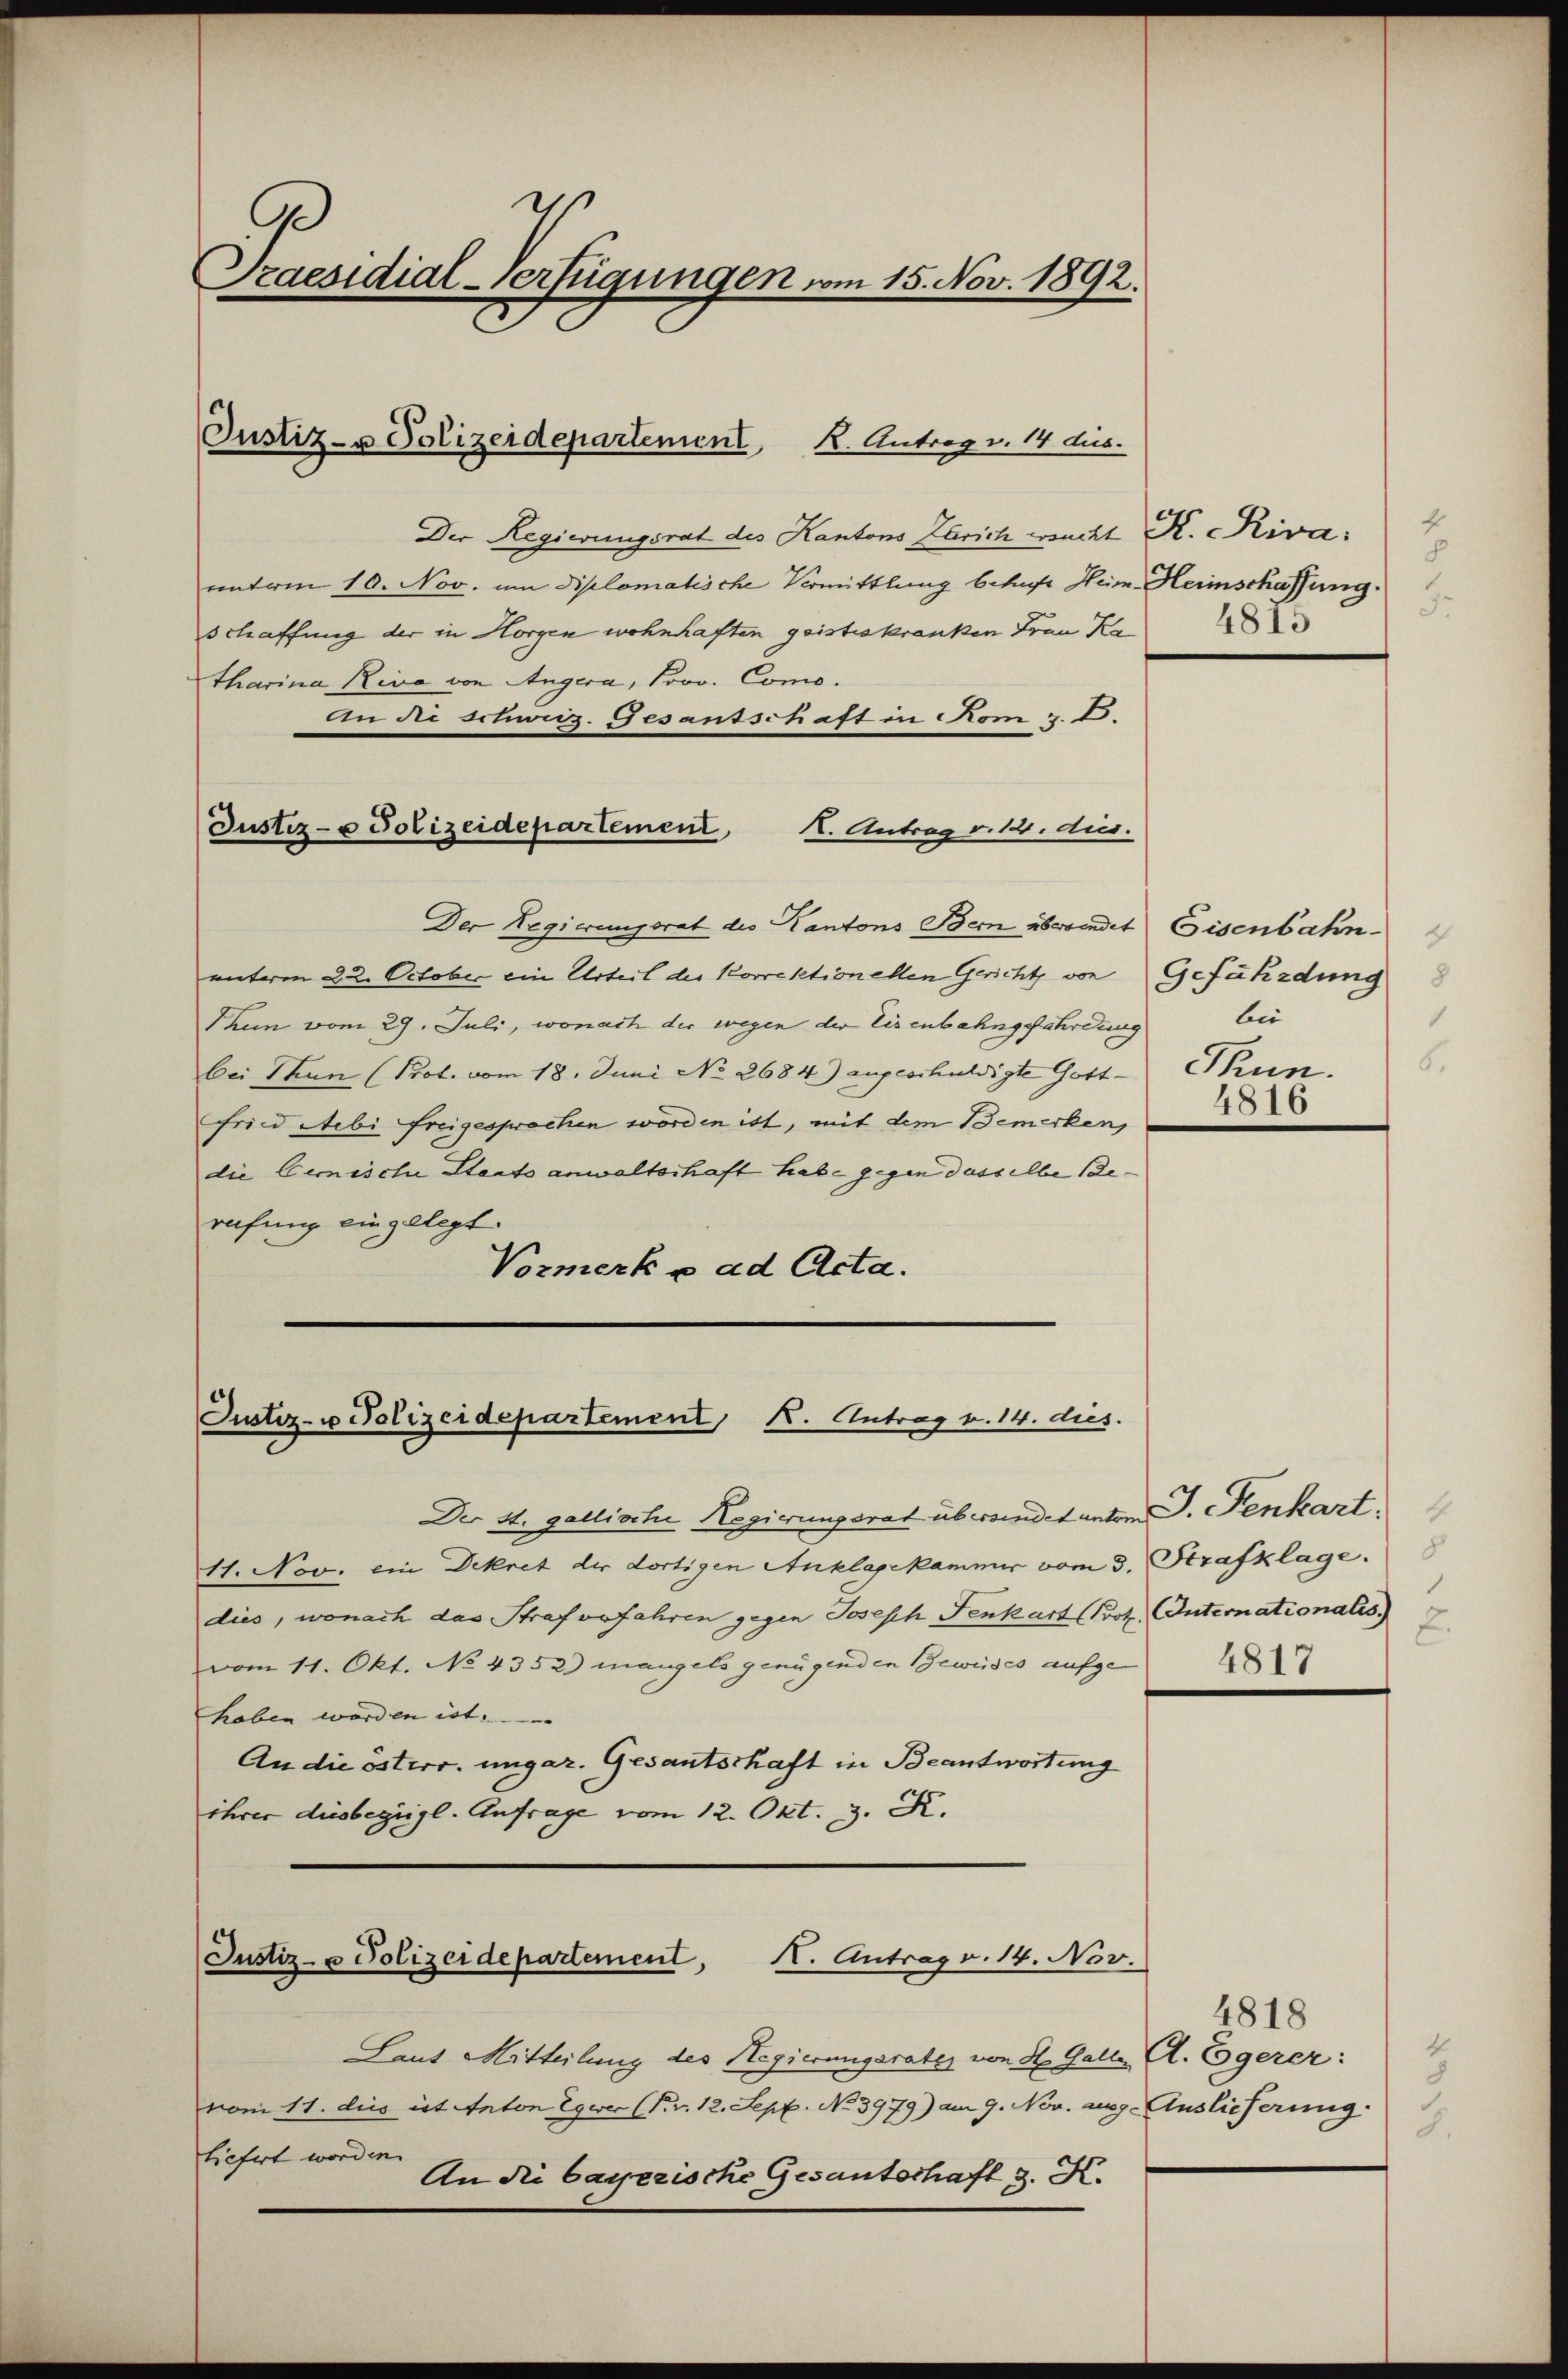
9
Praesidial-Verfügungen vom 15. Nov. 1892.

Justiz- u Polizeidepartement,

Der Regierungsrat des Kantons Zürich wucht K. Riva: 4
mnterm 10. Nov. um diplomatische Vermittlung betraft Heim-Heimschaffung.
schaffung der in Horgen wohnhaften geisteskranken Frau Ka
tharina Riva von Angera, Prov. Como.
An die Franz. Gesantschaft in Rom z. B.
K. Antrag v. 12. aus.
Der Regierungsrat des Kantons Bern überwindet Gisenbahn
unteren 22. October ein Urteil der Korrektionellen Gericht von Gefährdung
Thun vom 29. Juli, wonach der wegen der Eisenbahngefährdung
bei Thun (Prot. vom 18. Juni No 2684) angeschuldigte Gott-Thun.
Fried Nebi freigesprochen worden ist, mit dem Bemerken,
die Gemische Staatsanwaltschaft habe gegen dasselbe Be-
rufung eingelegt.
Vormerk e ad Acta.

Justiz- & Polizeidepartement K. Antrag v. 14 dies.

Justiz- u Polizeidepartement K. Antrag v. 14. dies.

Der St. gallische Regierungsrat übersendet unter J. Fenkart.
11. Nov. ein Dekret der dortigen Anklagekammer vom 3. Strafklage.
dies, wonach das Strafverfahren gegen Joseph Fenkart (Brot Internationalis
vom 11. Okt. No 4352) mangels genügenden Beweises aufgehaben worden ist.
An die österr. ungar. Gesantschaft in Beantwortung
ihrer diesbegrigl. Anfrage vom 12. Okt. 3. K.
Justiz- u Polizeidepartement, H. Antrag v. 14. Nov.

Laut Mitteilung des Regierungsrates von St. Galle A. Egerer:
vom 11. dies ist Anton Egwer (Fr. 12. Sept. No 3979) am 9. Nov. ausg. Auslieferung.
liefert worden.
An die bayerische Gesantschaft z. K.

8
3.
4815

bii
1
6.
4816

.
2.
4817

4818
4
3.